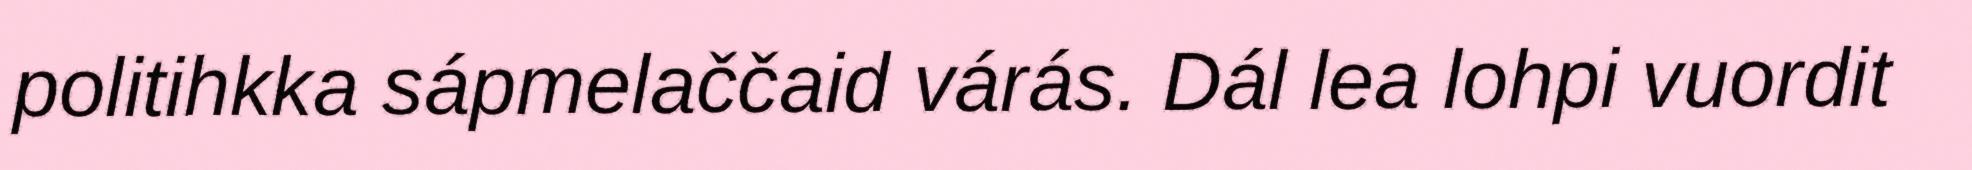
politihkka sápmelaččaid várás. Dál lea lohpi vuordit